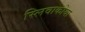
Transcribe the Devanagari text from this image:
स्लिवाकोया